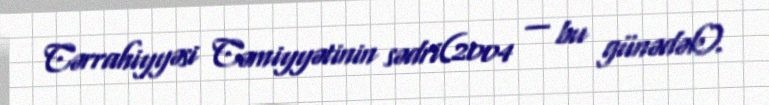
Cərrahiyyəsi Cəmiyyətinin sədri(2004 — bu günədək).